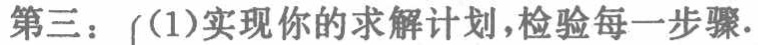
第三：(1)实现你的求解计划,检验每一步骤.